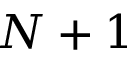
N + 1